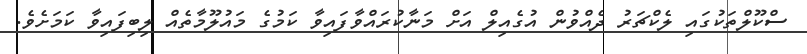
ސްކޫލްތަކުގައި ލެކްޗަރު ދެއްވުން އުގެއިލް އަށް މަނާކުރައްވާފައިވާ ކަމުގެ މައުލޫމާތެއް ލިބިފައިވާ ކަމަށެވެ.